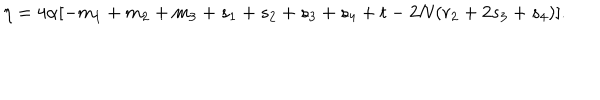
\eta = 4 \alpha [ - m _ { 1 } + m _ { 2 } + m _ { 3 } + s _ { 1 } + s _ { 2 } + s _ { 3 } + s _ { 4 } + t - 2 N ( r _ { 2 } + 2 s _ { 3 } + s _ { 4 } ) ] .